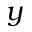
y